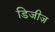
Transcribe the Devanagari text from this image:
डिजीज़